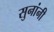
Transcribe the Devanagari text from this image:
सुनांनी